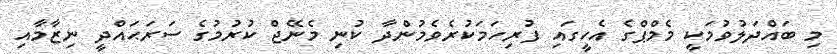
މި ބައްދަލުވުމަކީ މެމްޕްގެ އެހީގައި ފުރިހަމަކުރެވެމުންދާ ކުނި މެނޭޖް ކުރުމުގެ ސަރަޙައްދީ ނިޒާމާއި